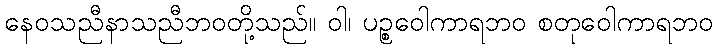
နေဝသညီနာသညီဘဝတို့သည်။ ဝါ၊ ပဉ္စဝေါကာရဘဝ စတုဝေါကာရဘဝ